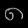
Digit: ၈